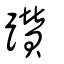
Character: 躦